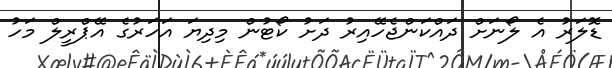
ޑޮލަރު އެ ލޯނަށް ދައްކަންޖެހޭއިރު ދަށު ކޯޓުން މިދިޔަ އަހަރުގެ އޭޕްރީލް މަހު